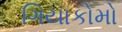
ગિયાકોમો